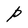
Character: P